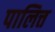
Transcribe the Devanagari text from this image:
पालित्त